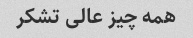
همه چیز عالی تشکر